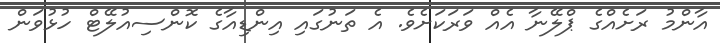
އާންމު ރަށެއްގެ ޕްލޭނާ އެއް ވަރަކަށެވެ. އެ ތަނުގައި އިންޑިއާގެ ކޮންސިއުލޭޓް ހުޅުވަން